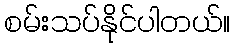
စမ်းသပ်နိုင်ပါတယ်။